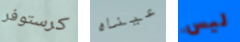
كرستوفر عيناه ليس